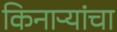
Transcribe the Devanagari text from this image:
किनाऱ्यांचा